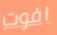
افوت